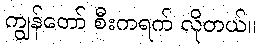
ကျွန်တော် စီးကရက် လိုတယ်။